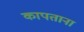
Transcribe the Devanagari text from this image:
कापताना